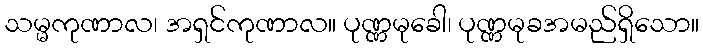
သမ္မကုဏာလ၊ အရှင်ကုဏာလ။ ပုဏ္ဏမုခေါ၊ ပုဏ္ဏမုခအမည်ရှိသော။